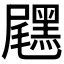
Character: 𪑐